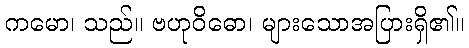
ကမော၊ သည်။ ဗဟုဝိဓော၊ များသောအပြားရှိ၏။